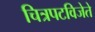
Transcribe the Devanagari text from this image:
चित्रपटविजेते